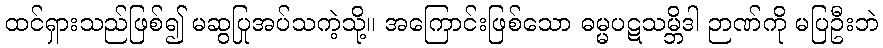
ထင်ရှားသည်ဖြစ်၍ မဆွပြုအပ်သကဲ့သို့။ အကြောင်းဖြစ်သော ဓမ္မပဋသမ္ဘိဒါ ဉာဏ်ကို မပြဦးဘဲ